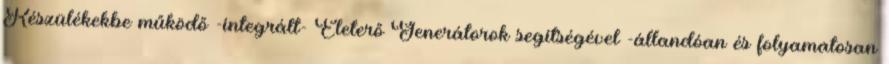
Készülékekbe működő -integrált- Életerő Generátorok segítségével -állandóan és folyamatosan